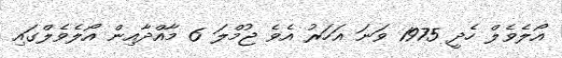
އޯލެވެލް ހެދީ 1975 ވަނަ އަހަރު އެވެ ޖުމްލަ 6 މާއްދާއިން އޯލެވެލްގައި